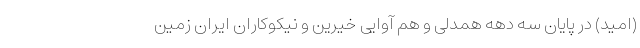
(امید) در پایان سه دهه همدلی و هم آوایی خیرین و نیکوکاران ایران زمین